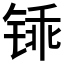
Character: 𫟽